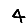
Digit: 4